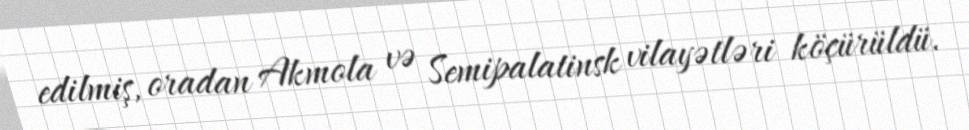
edilmiş, oradan Akmola və Semipalatinsk vilayətləri köçürüldü.